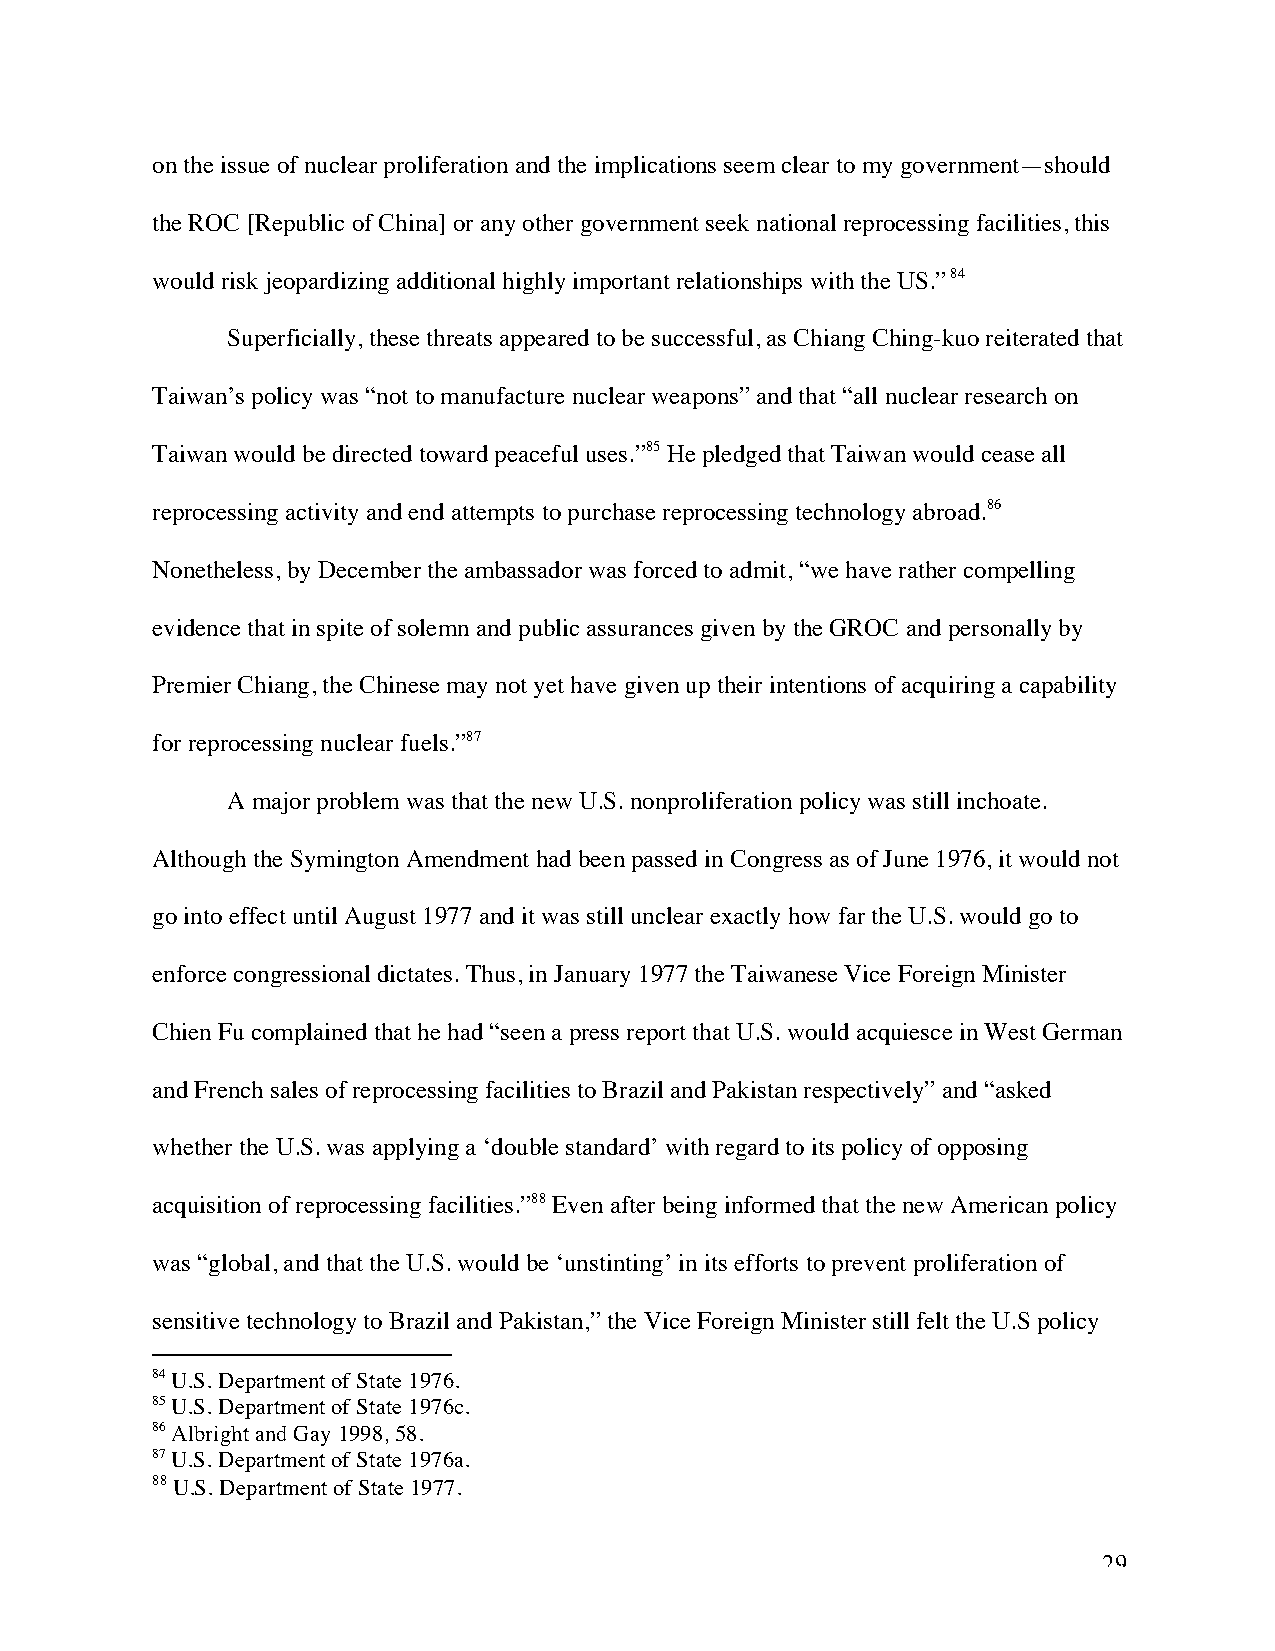
on the issue of nuclear proliferation and the implications seem clear to my government—should
 the ROC [Republic of China] or any other government seek national reprocessing facilities, this
 would risk jeopardizing additional highly important relationships with the US.” 84
 Superficially, these threats appeared to be successful, as Chiang Ching-kuo reiterated that
 Taiwan’s policy was “not to manufacture nuclear weapons” and that “all nuclear research on
 Taiwan would be directed toward peaceful uses.”85 He pledged that Taiwan would cease all
 reprocessing activity and end attempts to purchase reprocessing technology abroad.86
 Nonetheless, by December the ambassador was forced to admit, “we have rather compelling
 evidence that in spite of solemn and public assurances given by the GROC and personally by
 Premier Chiang, the Chinese may not yet have given up their intentions of acquiring a capability
 for reprocessing nuclear fuels.”87
 A major problem was that the new U.S. nonproliferation policy was still inchoate.
 Although the Symington Amendment had been passed in Congress as of June 1976, it would not
 go into effect until August 1977 and it was still unclear exactly how far the U.S. would go to
 enforce congressional dictates. Thus, in January 1977 the Taiwanese Vice Foreign Minister
 Chien Fu complained that he had “seen a press report that U.S. would acquiesce in West German
 and French sales of reprocessing facilities to Brazil and Pakistan respectively” and “asked
 whether the U.S. was applying a ‘double standard’ with regard to its policy of opposing
 acquisition of reprocessing facilities.”88 Even after being informed that the new American policy
 was “global, and that the U.S. would be ‘unstinting’ in its efforts to prevent proliferation of
 sensitive technology to Brazil and Pakistan,” the Vice Foreign Minister still felt the U.S policy
 84 U.S. Department of State 1976.
 85 U.S. Department of State 1976c.
 86 Albright and Gay 1998, 58.
 87 U.S. Department of State 1976a.
 88 U.S. Department of State 1977.
 29